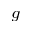
^ { g }